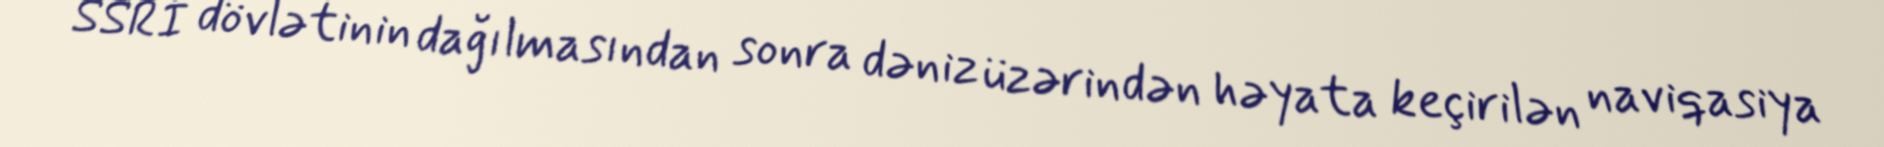
SSRİ dövlətinin dağılmasından sonra dəniz üzərindən həyata keçirilən naviqasiya